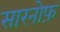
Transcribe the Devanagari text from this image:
सारनोफ़